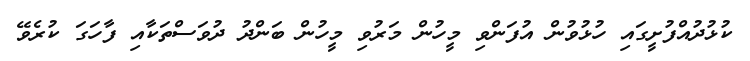
ކުޅުދުއްފުށީގައި ހުޅުވުން އުފަންވި މީހުން މަރުވި މީހުން ބަންދު ދުވަސްތަކާއި ފާހަގަ ކުރެވޭ